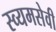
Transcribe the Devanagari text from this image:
स्व्यमसेवी